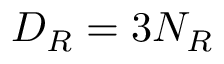
D _ { R } = 3 N _ { R }